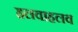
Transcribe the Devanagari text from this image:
हलवाहलव